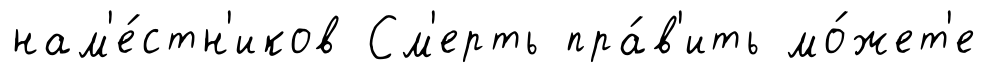
нам'е́стн'иков См'ерть пра́в'ить мо́жет'е